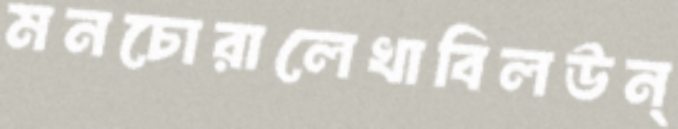
মনচোরালেখাবিলউন্